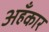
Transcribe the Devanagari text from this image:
अहँकार